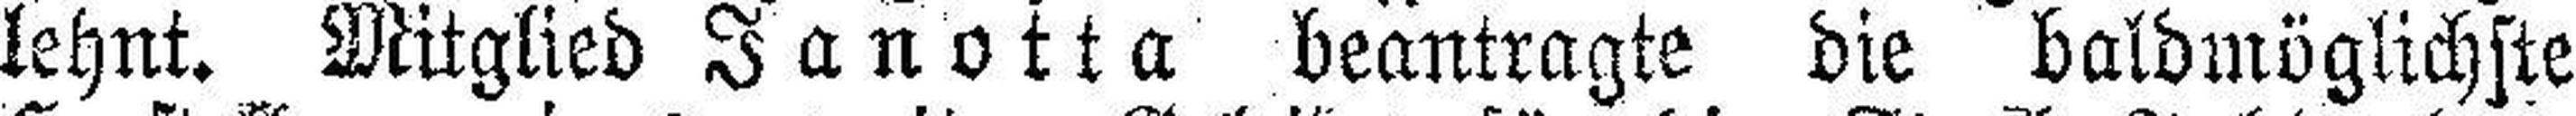
lehnt. Mitglied Janotta beantragte die baldmöglichste